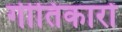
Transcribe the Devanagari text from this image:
गीतिकारों